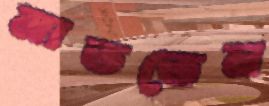
মাততেন